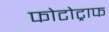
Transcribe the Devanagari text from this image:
फोटोट्राफ